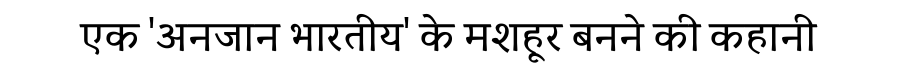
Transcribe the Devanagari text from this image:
एक 'अनजान भारतीय' के मशहूर बनने की कहानी